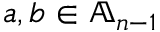
a , b \in \mathbb { A } _ { n - 1 }